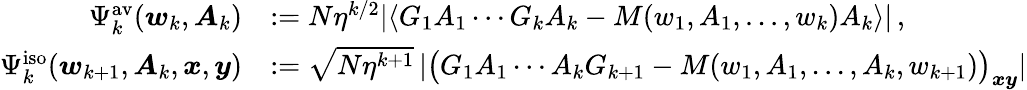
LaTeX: \begin{array}{rl}{\Psi_{k}^{\mathrm{av}}(\boldsymbol{w}_{k},\boldsymbol{A}_{k})}&{:=N\eta^{k/2}|\langle G_{1}A_{1}\cdots G_{k}A_{k}-M(w_{1},A_{1},...,w_{k})A_{k}\rangle|\, ,}\\ {\Psi_{k}^{\mathrm{iso}}(\boldsymbol{w}_{k+1},\boldsymbol{A}_{k},\boldsymbol{x},\boldsymbol{y})}&{:=\sqrt{N\eta^{k+1}}\left\vert\big(G_{1}A_{1}\cdots A_{k}G_{k+1}-M(w_{1},A_{1},...,A_{k},w_{k+1})\big)_{\boldsymbol{x}\boldsymbol{y}}\right\vert}\end{array}